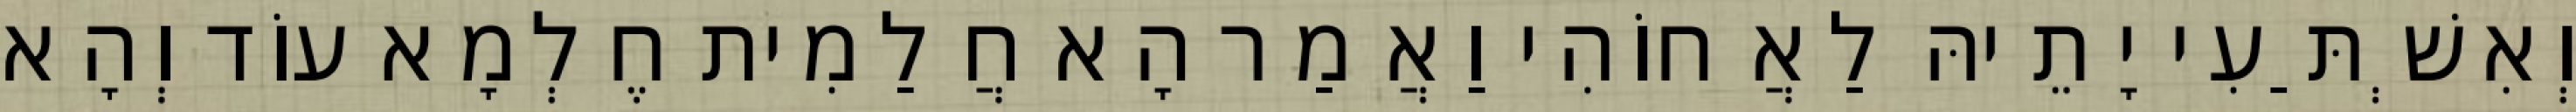
וְאִשְׁתַּעִי יָתֵיהּ לַאֲחוֹהִי וַאֲמַר הָא חֲלַמִית חֶלְמָא עוֹד וְהָא